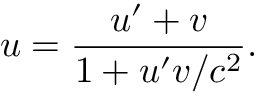
u = { \frac { u ^ { \prime } + v } { 1 + u ^ { \prime } v / c ^ { 2 } } } .